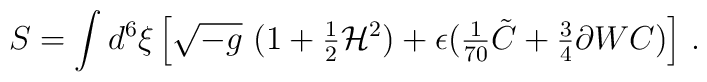
S  =  \int d^{6}\xi  \left[\sqrt {-g}\ \bigl (1+{\textstyle\frac{1}{2}}{\cal H}^{2}\bigr ) +\epsilon ( {\textstyle\frac{1}{70}}\tilde{C} +{\textstyle\frac{3}{4}} \partial W C) \right]\, .